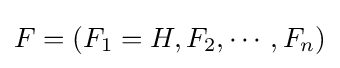
F=(F_{1}=H,F_{2},\cdots ,F_{n})